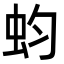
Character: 蚐